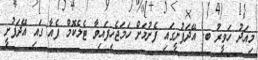
މިއަދު ހަވީރު ބ. އޭދަފުށީގައި ފެށުމަށް ހަމަޖެހިފައިވާ ޓެލެކޮމް ފެއާ ގައި އޭދަފުށީ